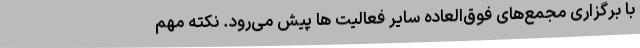
با برگزاری مجمع‌های فوق‌العاده سایر فعالیت ها پیش می‌رود. نکته مهم